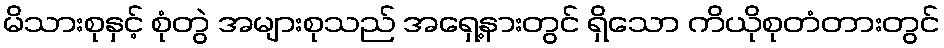
မိသားစုနှင့် စုံတွဲ အများစုသည် အရှေ့နားတွင် ရှိသော ကိယိုစုတံတားတွင်